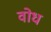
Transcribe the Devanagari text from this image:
वोध